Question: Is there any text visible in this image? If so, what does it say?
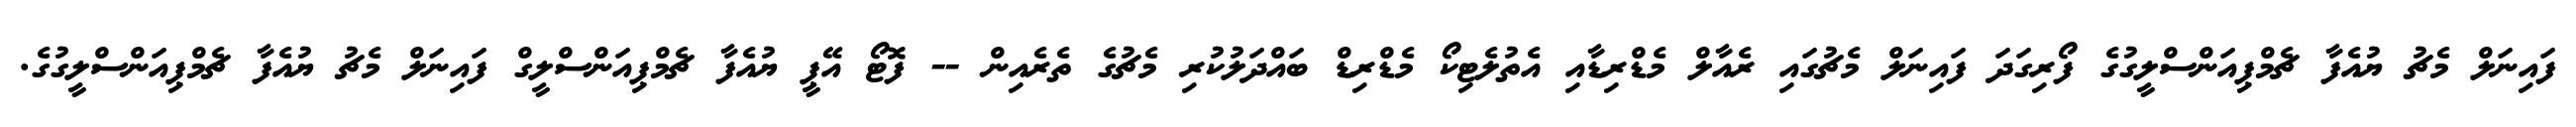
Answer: ފައިނަލް މެޗު ޔުއެފާ ޗެމްޕިއަންސްލީގުގެ ފޯރިގަދަ ފައިނަލް މެޗުގައި ރެއާލް މެޑްރިޑާއި އެތުލެޓިކޯ މެޑްރިޑް ބައްދަލުކުރި މެޗުގެ ތެރެއިން -- ފޮޓޯ އޭޕީ ޔުއެފާ ޗެމްޕިއަންސްލީގް ފައިނަލް މެޗު ޔުއެފާ ޗެމްޕިއަންސްލީގުގެ.